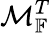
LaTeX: \mathcal{M}_{\mathbb{F}}^{T}